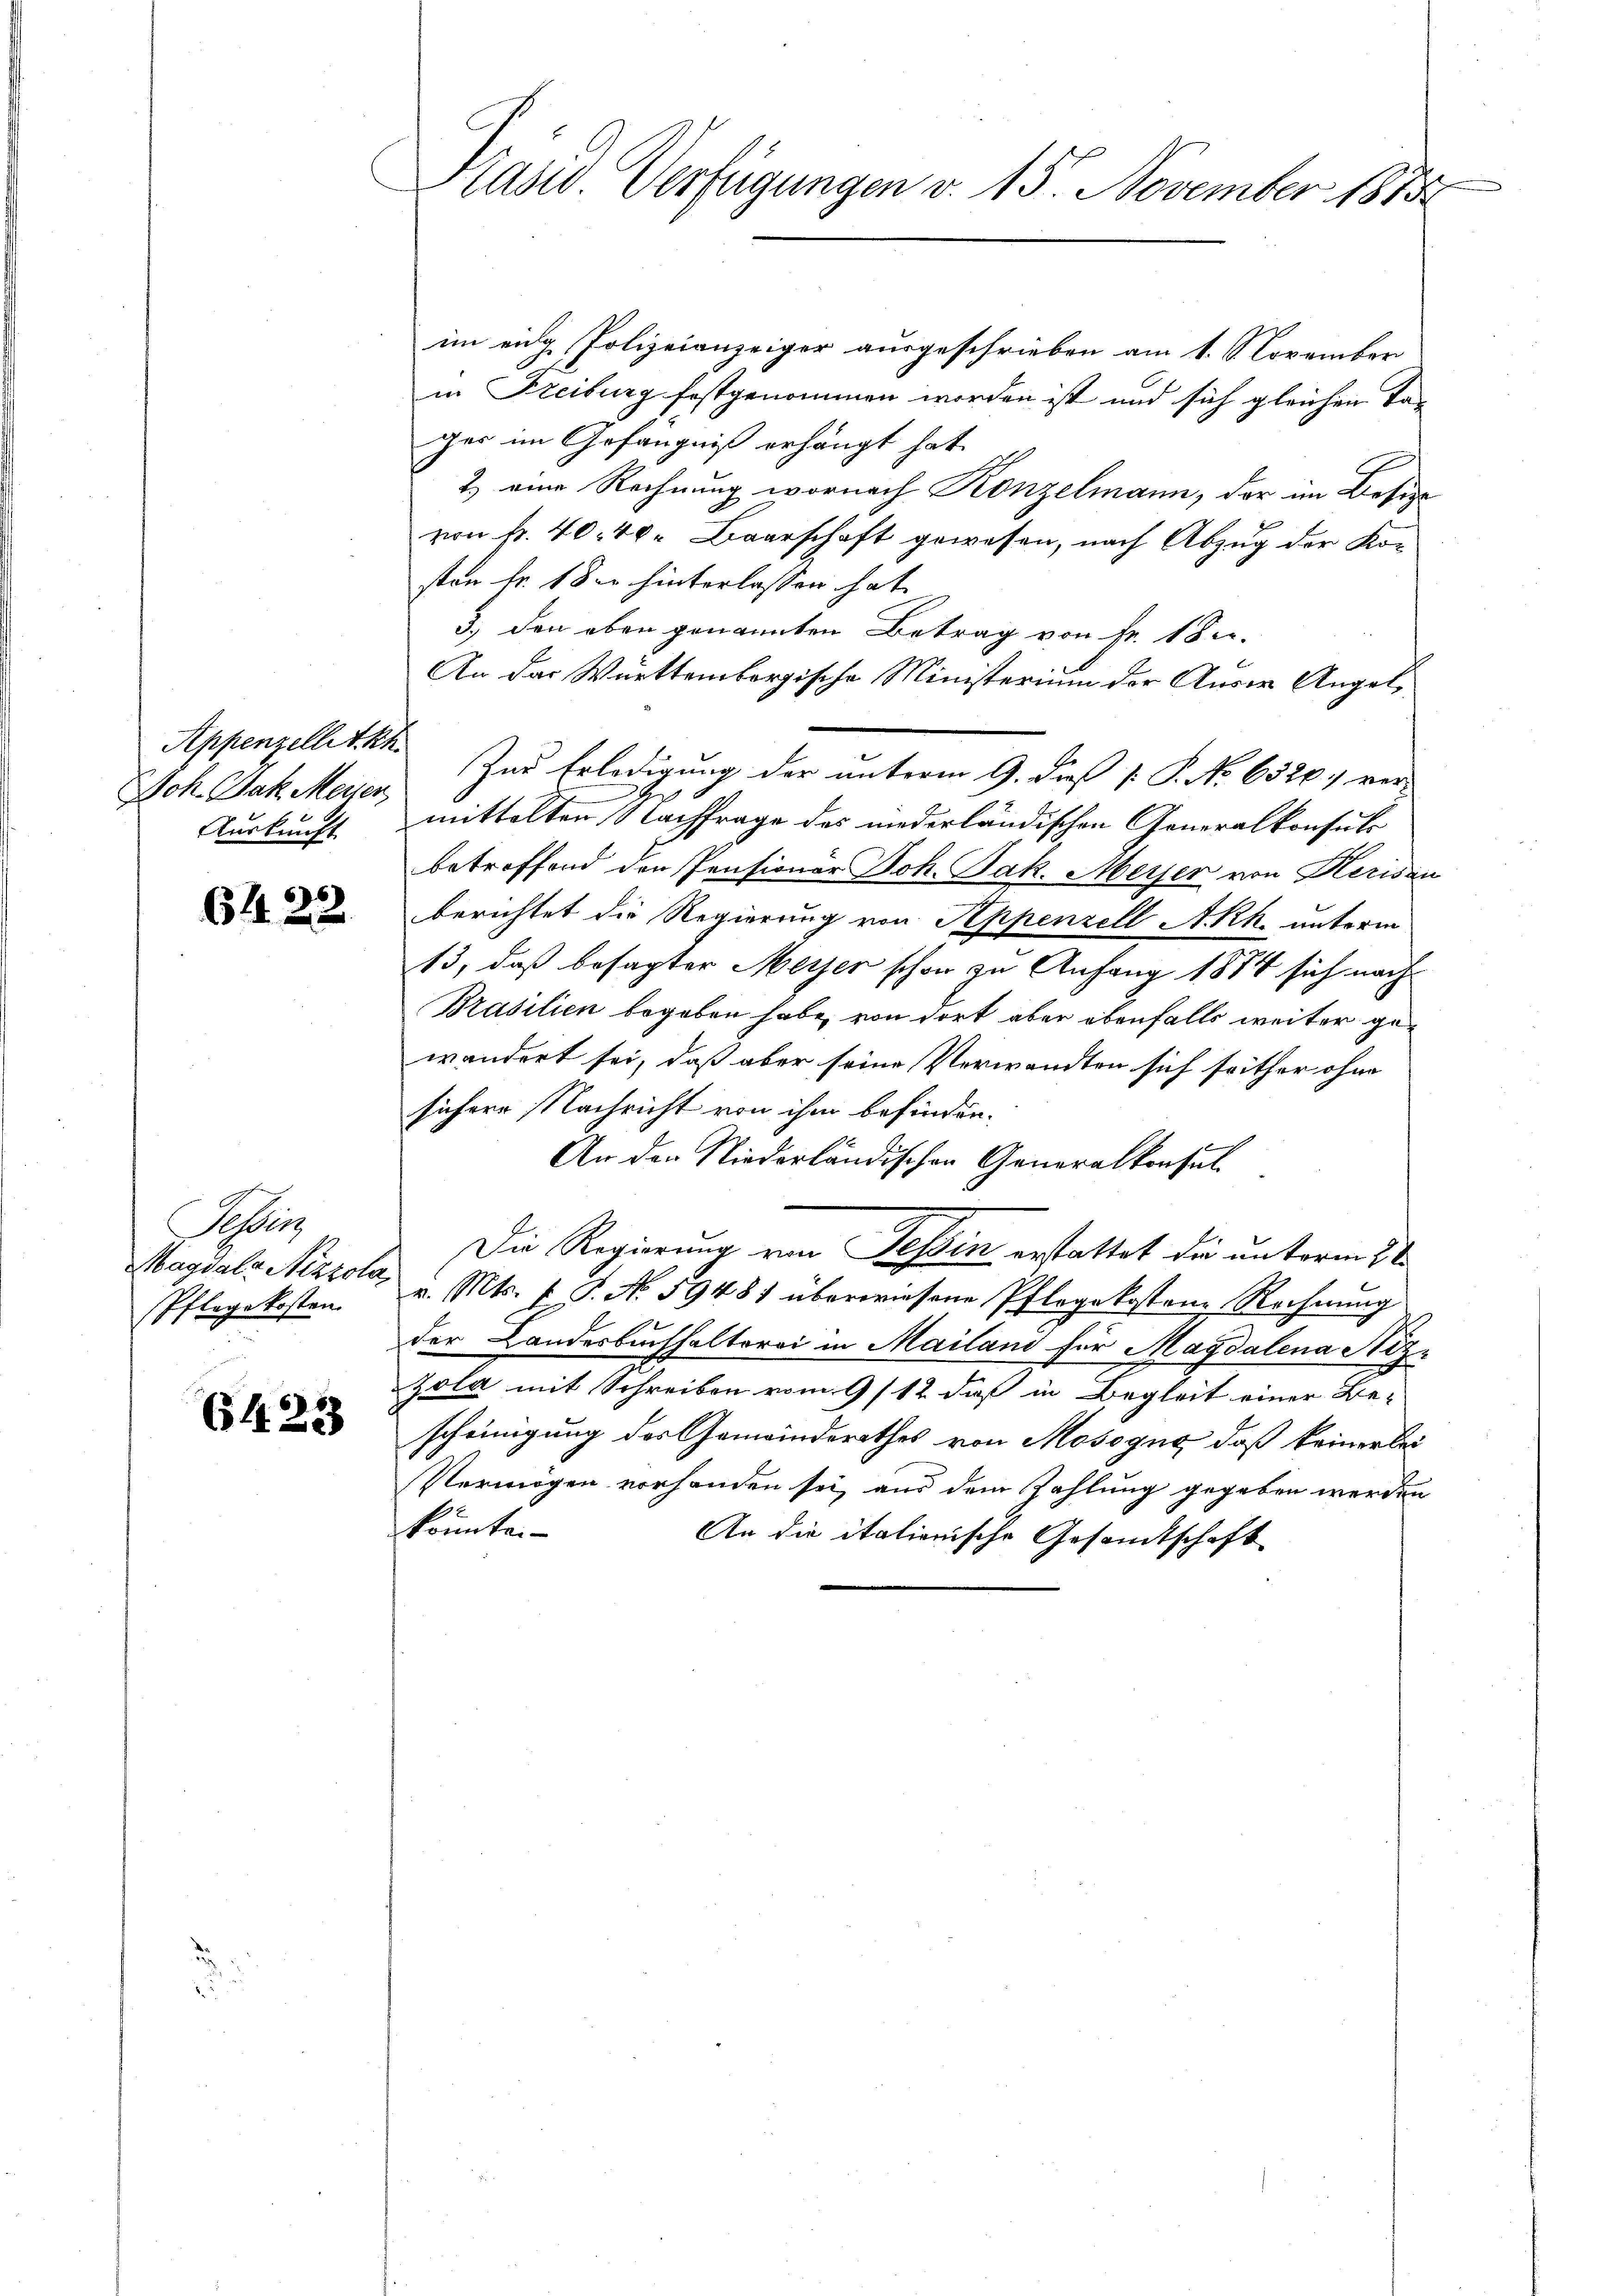
Appenzellet kh.
Joh. Jak. Meisen
Auskunft

64. 22.

Pfer
Pflege kosten

6423

Präsid. Verfügungen v. 15. November 1883

im eidg. Polizeianzeiger ausgeschrieben am 1. November
in Freiburg festgenommen worden ist und sich gleichen Tager im Gefängniß erhängt hat.
2.) eine Rechnung wornach Konzelmann, der im Besize
von fr. 40. 40. Baarschaft gewesen, nach Abzug der Kosten fr. 1 der hinterlassen hat.
3.) den eben genannten Betrag von Fr. 18.
An der Württembergische Ministerium der Auser Angel¬
Zur Erledigung der unterm 9. dieß P. P. No 6320. ver-
mittelten Nachfrage des niederländischen Generalkonsuls
betroffend den Pensionär Joh. Jak. Meyer von Heriden
berichtet die Regierung von Appenzell A.Rh. unterm
13, daß besagter Meyer schon zu Anfang 1874 sich nach
Brasilien begeben habe, von dort aber ebenfalls weiter gewändert sei, daß aber seine Verwandten sich seither ohne
sichere Nachricht von ihm befinden.
An den Niederländischen Generalkonsul-
Die Regierung von Tessin erstattet die unterm 3t
Magdals Nizzola, Mts. f. P. No 59481 überwiesene Pflegekosten Rechnung
der Landerbuchhalterei in Mailand für Magdalena Niz¬
Zola mit Schreiben vom 9/12. daß in Begleit einer Be-
scheinigung der Gemeinderathes von Mosogno, daß keiner bei
Vermögen vorhanden sei, aus dem Zahlung gegeben werden
konnte.
An die italionische Gesandtschaft